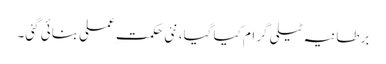
برطانیہ ٹیلی گرام کیا گیا، نئی حکمتِ عملی بنائی گئی۔